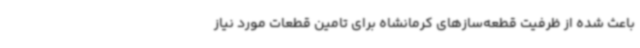
باعث شده از ظرفیت قطعه‌سازهای کرمانشاه برای تامین قطعات مورد نیاز